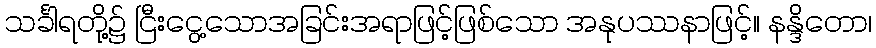
သင်္ခါရတို့၌ ငြီးငွေ့သောအခြင်းအရာဖြင့်ဖြစ်သော အနုပဿနာဖြင့်။ နန္ဒိတော၊